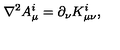
\nabla ^ { 2 } A _ { \mu } ^ { i } = \partial _ { \nu } K _ { \mu \nu } ^ { i } ,